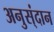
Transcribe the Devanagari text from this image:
अनुस्ंदान